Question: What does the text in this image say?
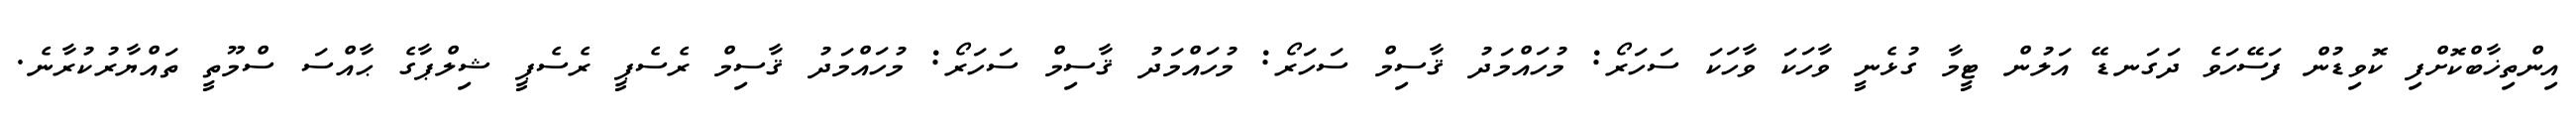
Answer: އިންތިޚާބްކޮށްފި ކޮވިޑުން ފަސޭހަވެ ދަގަނޑޭ އަލުން ޓީމާ ގުޅެނީ ވާހަކަ ވާހަކަ ސަހަރޯ: މުހައްމަދު ޤާސިމް ސަހަރޯ: މުހައްމަދު ޤާސިމް ސަހަރޯ: މުހައްމަދު ޤާސިމް ރެސެޕީ ރެސެޕީ ޝިލްޕާގެ ޙާއްސަ ސްމޫތީ ތައްޔާރުކުރާނެ.